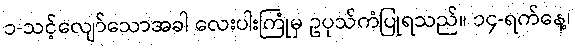
၁-သင့်လျော်သောအခါ လေးပါးကြုံမှ ဥပုသ်ကံပြုရသည်။ ၁၄-ရက်နေ့၊